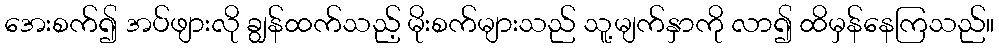
အေးစက်၍ အပ်ဖျားလို ချွန်ထက်သည့် မိုးစက်များသည် သူ့မျက်နှာကို လာ၍ ထိမှန်နေကြသည်။